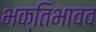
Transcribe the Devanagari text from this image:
भक्तिभावव